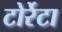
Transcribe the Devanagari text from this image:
टोर्रेटा